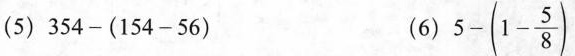
(5) $$3 5 4 - ( 1 5 4 - 5 6 )$$ (6) $$5 - ( 1 - \frac { 5 } { 8 } )$$